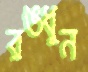
রঙধুন